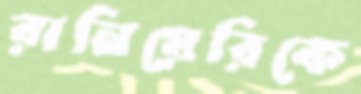
রানিয়েরিকে